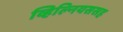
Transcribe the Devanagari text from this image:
व्हिल्नियससह